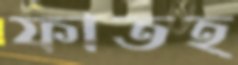
ফাতহ